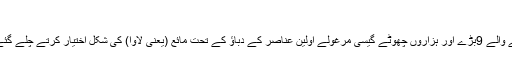
٭
٭ نظامِ شمسی کی اِبتدائی تخلیق کے وقت سورج کے گِردگردِش کرنے والے 9بڑے اور ہزاروں چھوٹے گیسی مرغولے اوّلین عناصر کے دباؤ کے تحت مائع (یعنی لاوا) کی شکل اِختیار کرتے چلے گئے، جن سے بعد میں 9 سیارے اور بے شمار سیارچے وُجود میں آئے۔